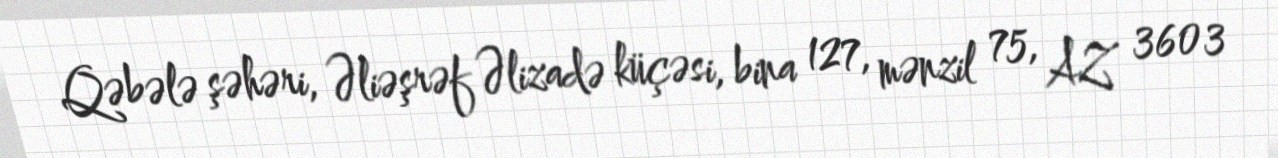
Qəbələ şəhəri, Əliəşrəf Əlizadə küçəsi, bina 127, mənzil 75, AZ 3603